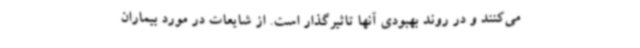
می‌کنند و در روند بهبودی آنها تاثیرگذار است. از شایعات در مورد بیماران